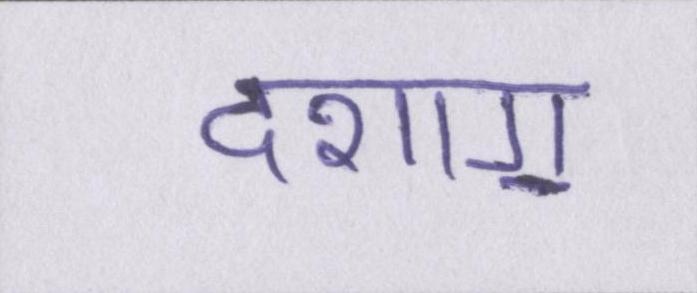
दशाॻ